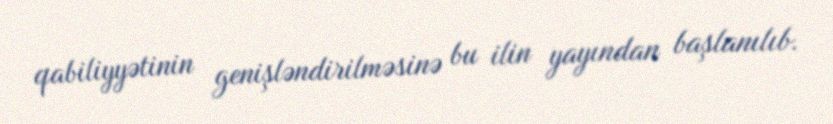
qabiliyyətinin genişləndirilməsinə bu ilin yayından başlanılıb.